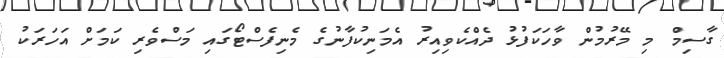
ގާސިމް މި މޭރުމުން ވާހަކަފުޅު ދެއްކެވިއިރު އެމަނިކުފާނުގެ މެނިފެސްޓޯގައި މަސްވެރި ކަމަށް އަހަރަކު